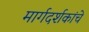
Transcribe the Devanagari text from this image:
मार्गदर्शकांचे